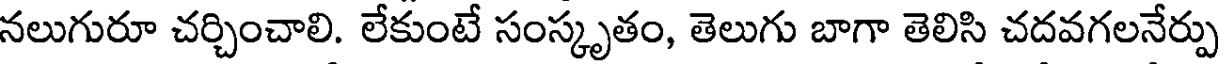
నలుగురూ చర్చించాలి. లేకుంటే సంస్కృతం, తెలుగు బాగా తెలిసి చదవగలనేర్పు